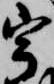
宇